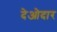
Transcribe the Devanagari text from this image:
देओदार